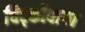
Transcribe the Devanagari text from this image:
चिट्कोवागा